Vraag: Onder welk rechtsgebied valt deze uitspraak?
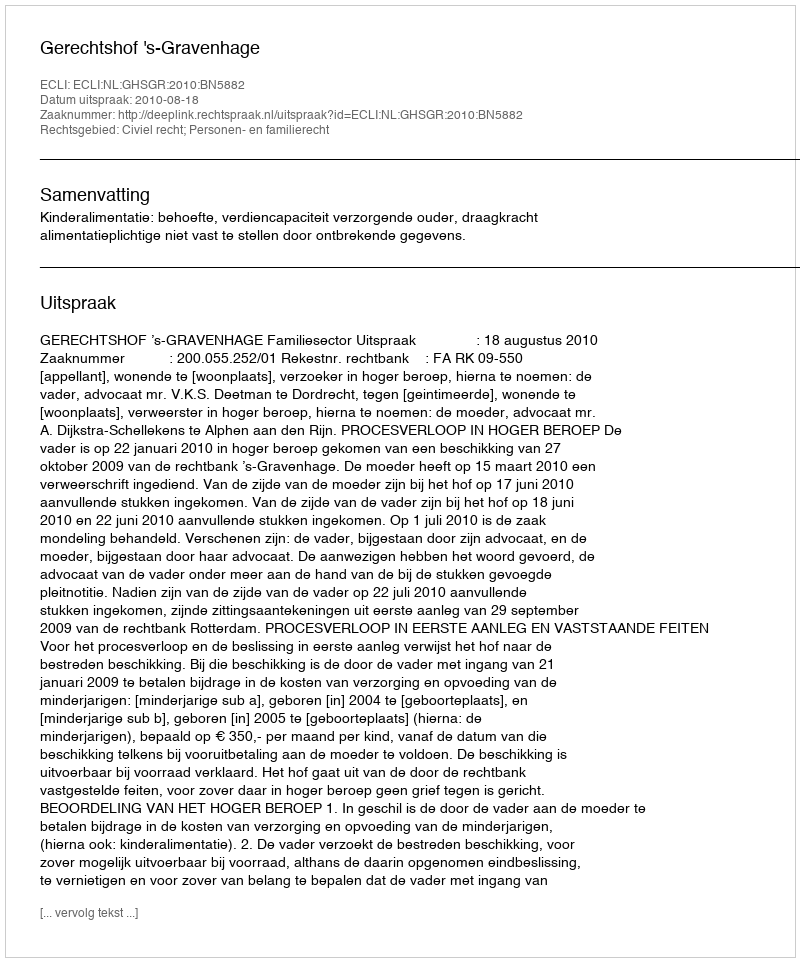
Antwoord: Civiel recht; Personen- en familierecht